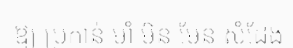
ឱ្យ ប្រកាន់ មាំ មិន មែន សំដែង